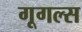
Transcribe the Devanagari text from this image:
गूगल्स